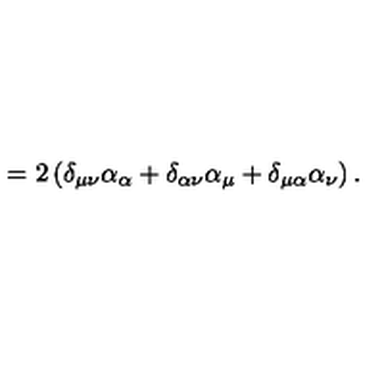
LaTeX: = 2 \left( \delta _ { \mu \nu } \alpha _ { \alpha } + \delta _ { \alpha \nu } \alpha _ { \mu } + \delta _ { \mu \alpha } \alpha _ { \nu } \right) .